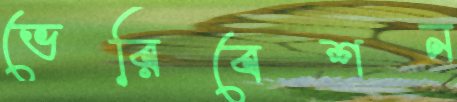
ভেরিবেশন